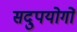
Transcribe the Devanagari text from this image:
सदुपयोगों